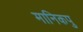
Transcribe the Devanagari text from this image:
मानिकपु